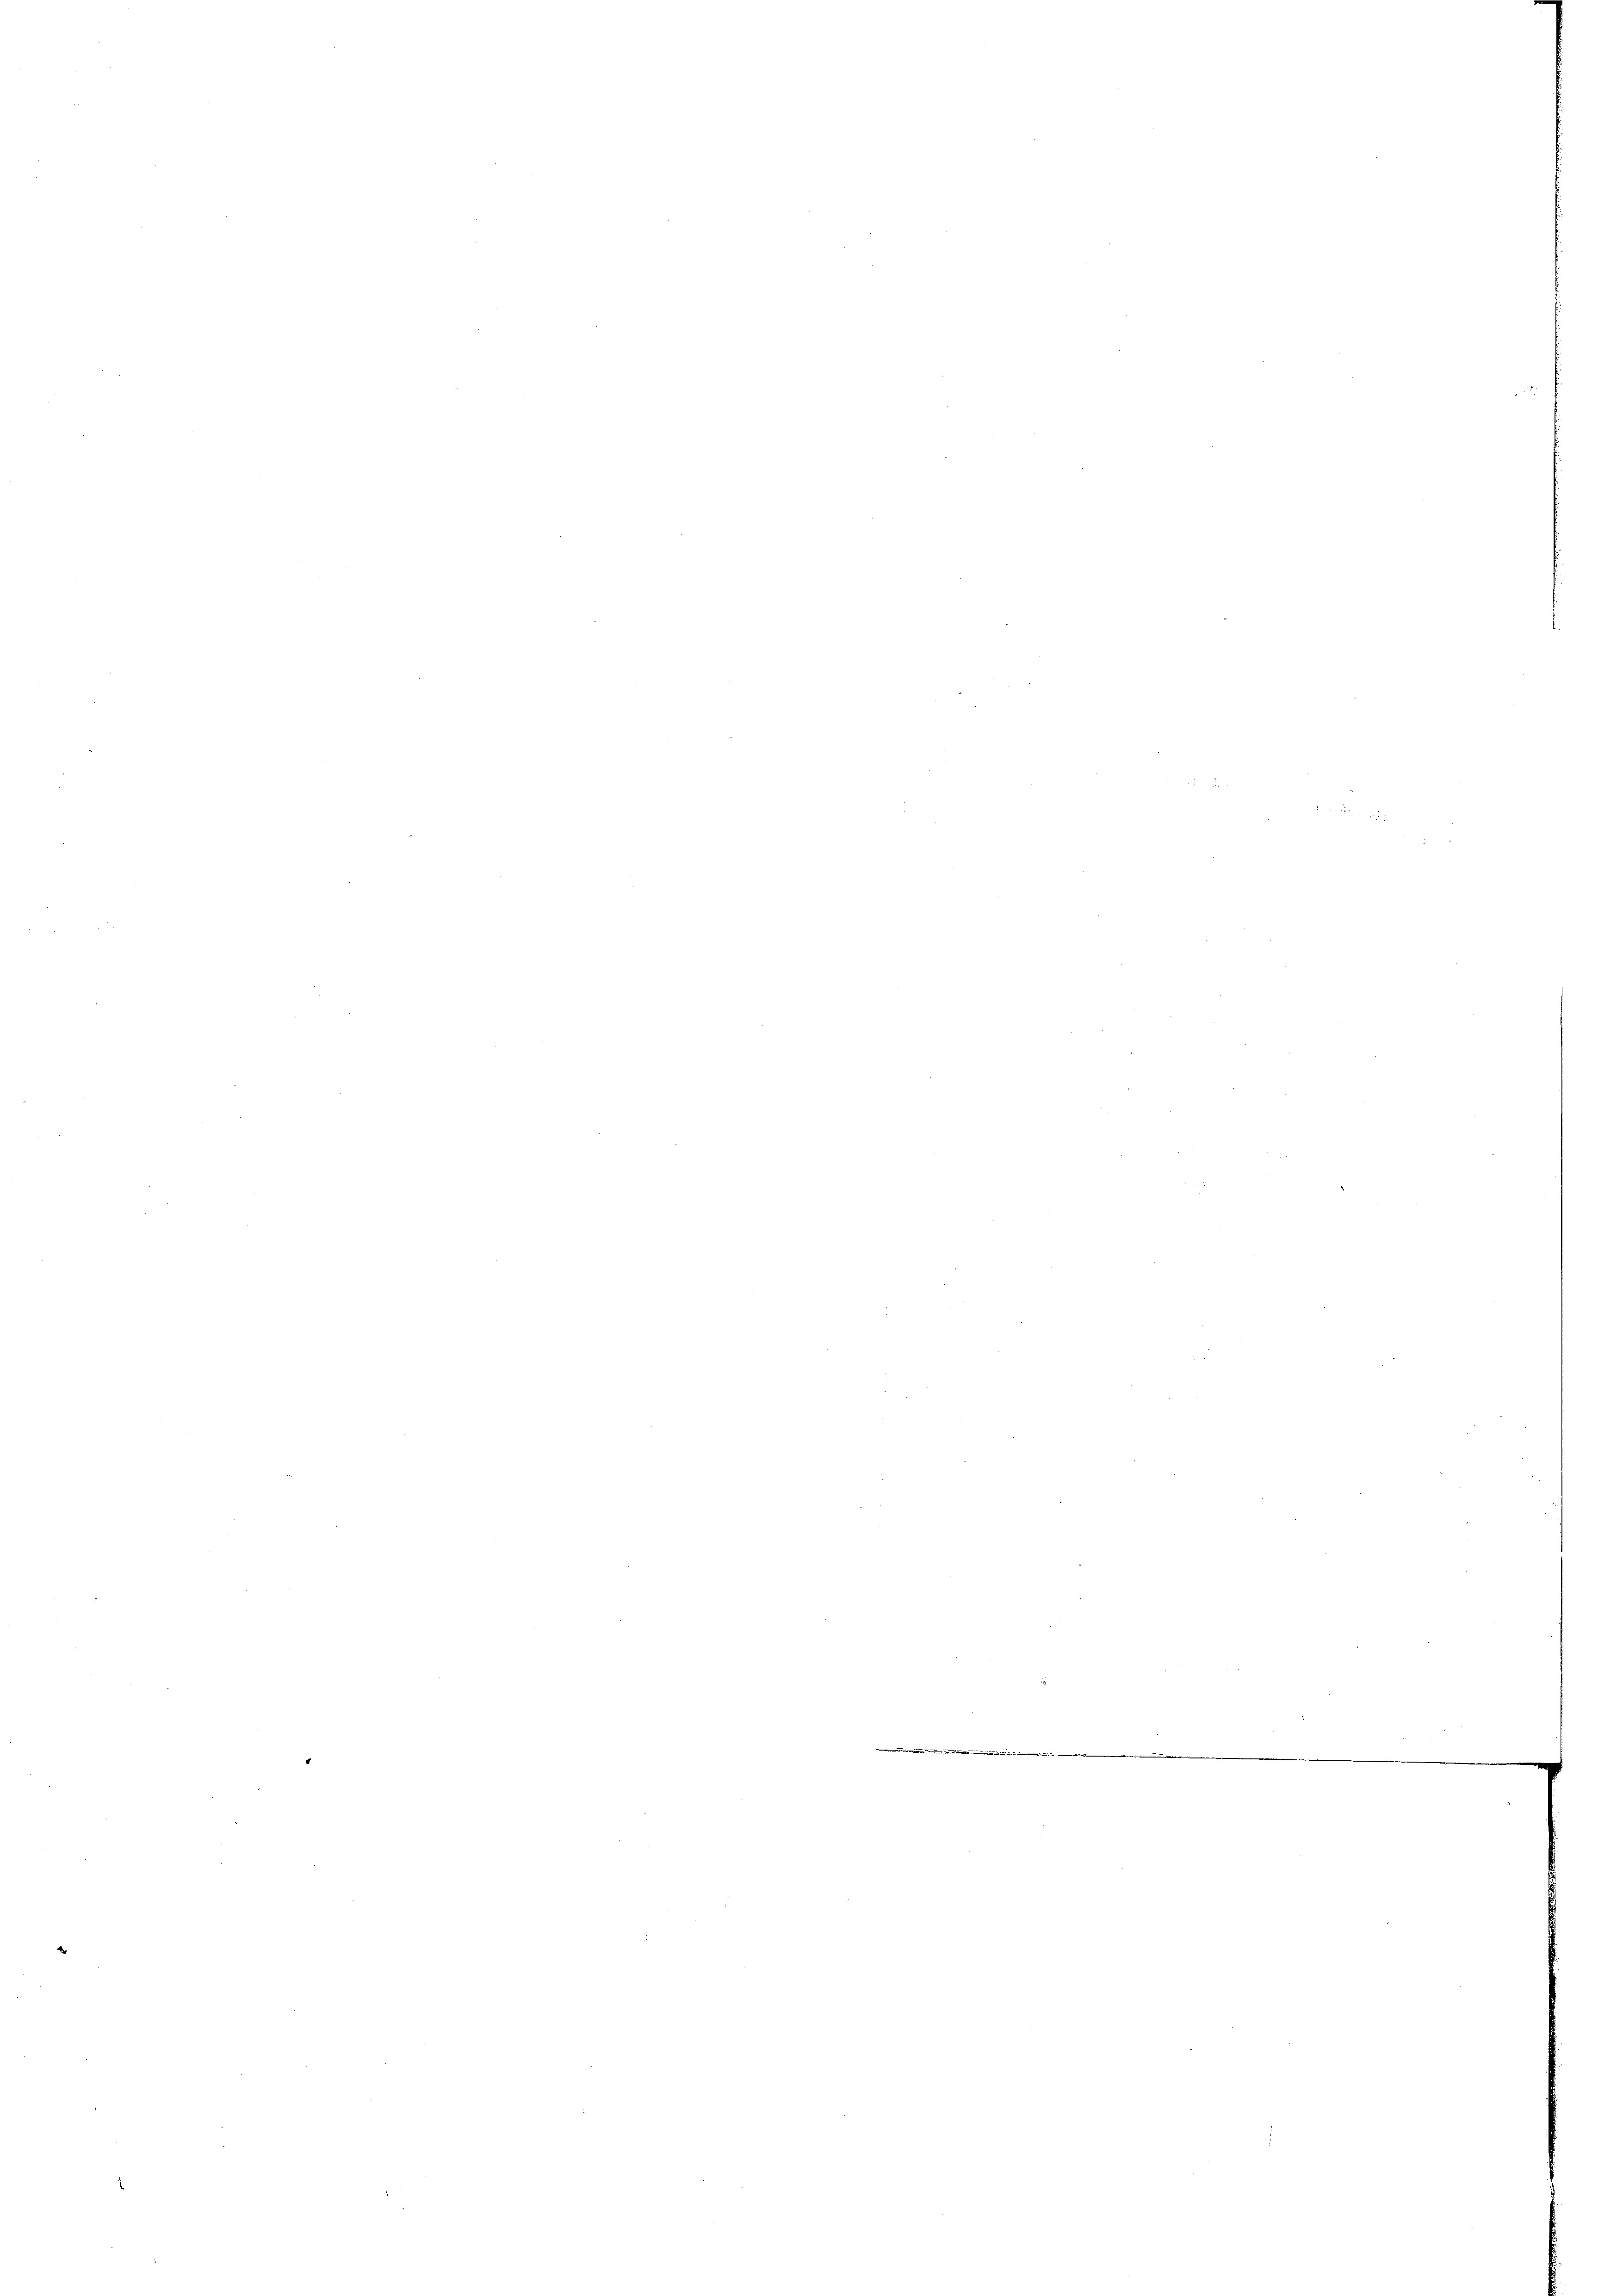
i

s
n
.